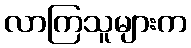
လာကြသူများက